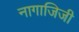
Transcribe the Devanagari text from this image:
नागाजिजी